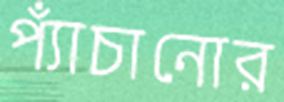
প্যাঁচানোর